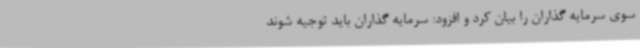
سوی سرمایه گذاران را بیان کرد و افزود: سرمایه گذاران باید توجیه شوند